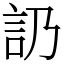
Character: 䚮